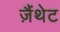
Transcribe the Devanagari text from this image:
ज़ैंथेट